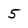
Character: 5